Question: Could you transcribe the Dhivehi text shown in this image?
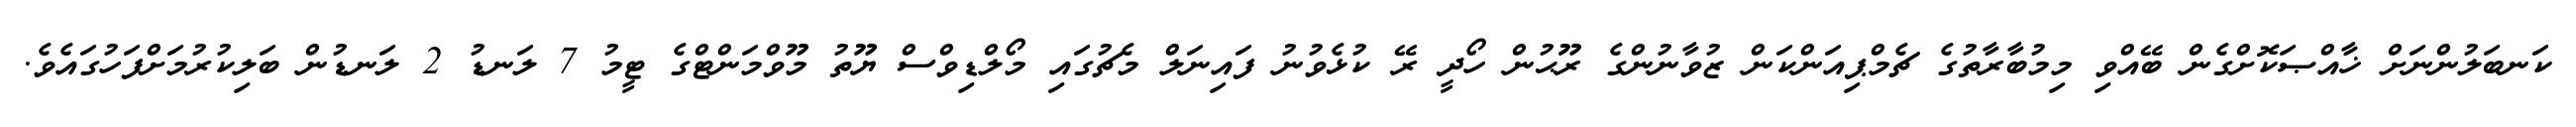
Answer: ކަނބަލުންނަށް ޚާއްޞަކޮށްގެން ބޭއްވި މިމުބާރާތުގެ ޗެމްޕިއަންކަން ޒުވާނުންގެ ރޫޙުން ހޯދީ ރޭ ކުޅެވުނު ފައިނަލް މެޗުގައި މޯލްޑިވްސް ޔޫތު މޫވްމަންޓްގެ ޓީމު 7 ލަނޑު 2 ލަނޑުން ބަލިކުރުމަށްފަހުގައެވެ.